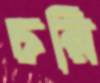
চরি